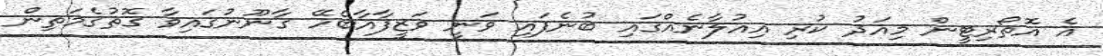
އެ އޮތޯރިޓީން މިއަދު ކުރި އިއުލާނެއްގައި ބުނެފައި ވަނީ ވަޒީފާއާބެހޭ ގާނޫނުގައިވާ ގޮތުގެމަތިން